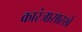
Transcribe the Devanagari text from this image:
कारंजासारखे